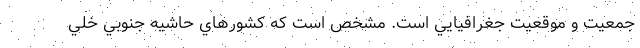
جمعيت و موقعيت جغرافيايي است. مشخص است كه كشورهاي حاشيه جنوبي خلي